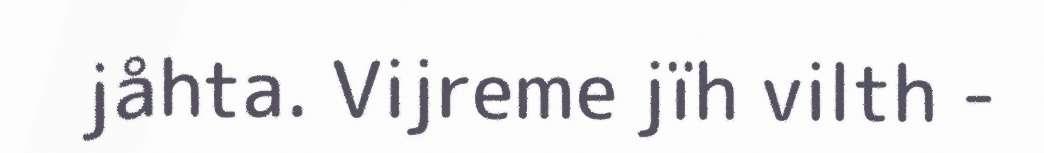
jåhta. Vijreme jïh vilth -